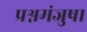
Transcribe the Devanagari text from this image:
प्रश्नमंजुषा